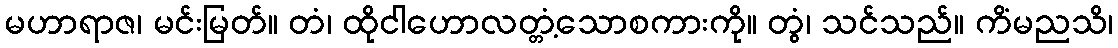
မဟာရာဇ၊ မင်းမြတ်။ တံ၊ ထိုငါဟောလတ္တံ့သောစကားကို။ တွံ၊ သင်သည်။ ကိံမညသိ၊